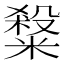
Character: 𥻦